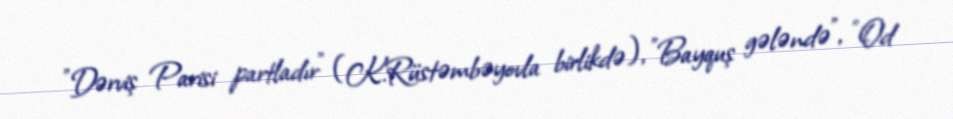
"Dərviş Parisi partladır" (K.Rüstəmbəyovla birlikdə), "Bayquş gələndə", "Od